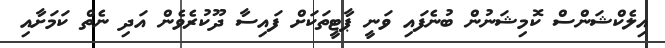
އިލެކްޝަންސް ކޮމިޝަނުން ބުނެފައި ވަނީ ޕާޓީތަކަށް ފައިސާ ދޫކުރެވެން އަދި ނެތް ކަމަށާއި